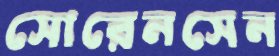
সোরেনসেন